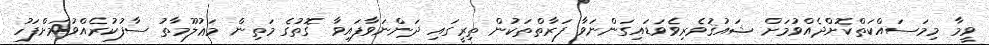
ވީމާ މިމަސައްކަތްކޮށްދެއްވުމަށް ޝައުޤުވެރިވެވަޑައިގަންނަވާ ފަރާތްތަކުން ތިރީގައި ދަންނަވާފައިވާ ގޮތުގެ މަތިން މަޢުލޫމާތު ސާފުކުރެއްވުމަށްފަހު